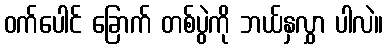
ဝက်ပေါင် ခြောက် တစ်ပွဲကို ဘယ်နှလွှာ ပါလဲ။